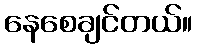
နေစေချင်တယ်။